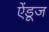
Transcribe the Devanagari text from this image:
ऐंडूज